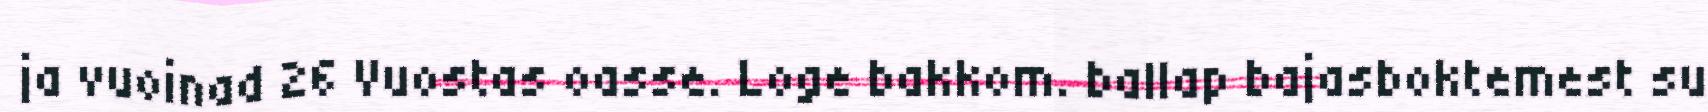
ja vuoinad 26 Vuostas oasse. Loge bakkom. ballap bajasboktemest su